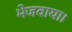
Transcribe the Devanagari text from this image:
भेजवाया।